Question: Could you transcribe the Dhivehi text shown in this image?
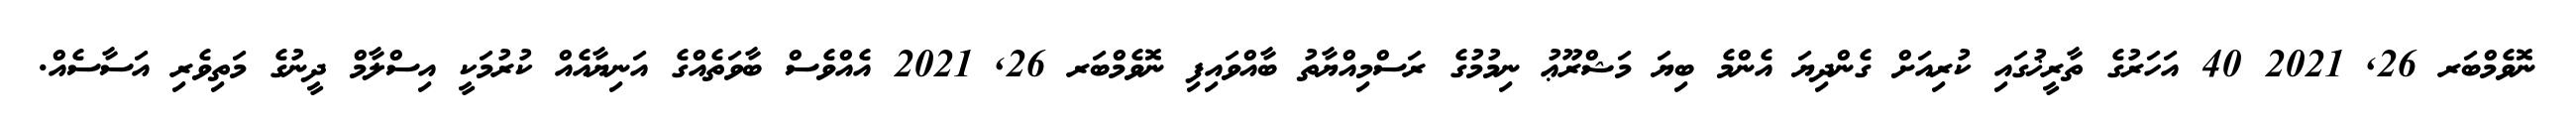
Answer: ނޮވެމްބަރ 26, 2021 40 އަހަރުގެ ތާރީޚުގައި ކުރިއަށް ގެންދިޔަ އެންމެ ބިޔަ މަޝްރޫޢު ނިމުމުގެ ރަސްމިއްޔާތު ބާއްވައިފި ނޮވެމްބަރ 26, 2021 އެއްވެސް ބާވަތެއްގެ އަނިޔާއެއް ކުރުމަކީ އިސްލާމް ދީނުގެ މަތިވެރި އަސާސެއް.